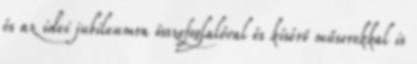
és az idei jubileumra összefoglalóval és kísérő műsorokkal is